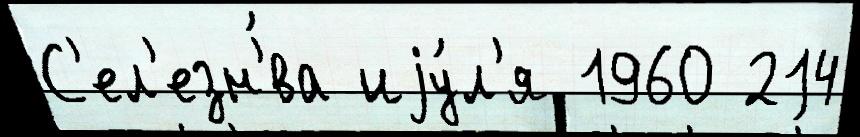
С'ел'езн'́ва иjу́л'я 1960 214